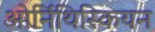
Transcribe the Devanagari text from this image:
ओर्निथिस्कियन